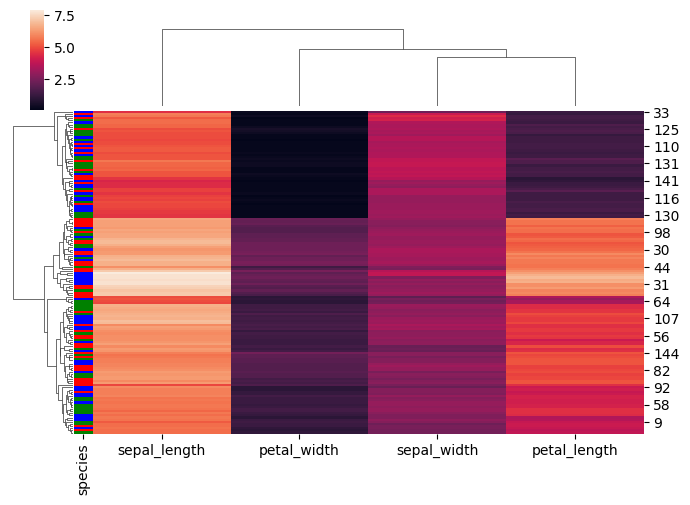
python, seaborn, clustermap, figsize=(7, 5), row_cluster=True, dendrogram_ratio=(0.1, 0.2), cbar_pos=(0.05, 0.8, 0.02, 0.2)